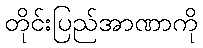
တိုင်းပြည်အာဏာကို